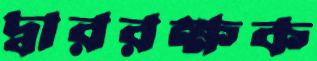
দ্বাররক্ষক